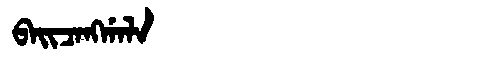
Manchu: ᠪᠠᡳᠴᠠᠩᡤᠠᠯᠠ
Romanization: BAICANGGALA